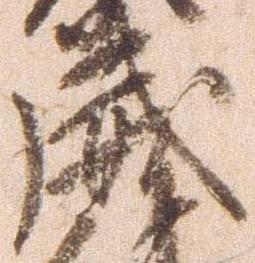
威